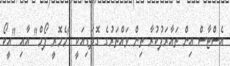
އެސްޓާސް އިން ތައާރަފުކުރާ ތިން ވައްތަރުގެ ގޮދަޑިއަކީ "މެމޮރީ ފޯމް" އާއި "އީކޯ